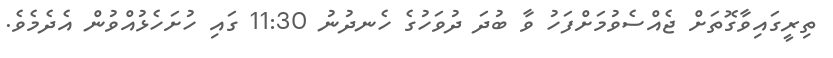
ތިރީގައިވާގޮތަށް ޖެއްސެވުމަށްފަހު ވާ ބުދަ ދުވަހުގެ ހެނދުނު 11:30 ގައި ހުށަހެޅުއްވުން އެދެމެވެ.